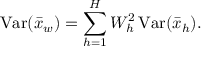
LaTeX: \operatorname { V a r } ( { \bar { x } } _ { w } ) = \sum _ { h = 1 } ^ { H } W _ { h } ^ { 2 } \operatorname { V a r } ( { \bar { x } } _ { h } ) .